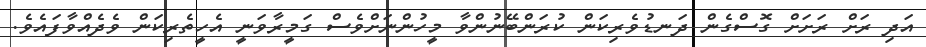
އަދި ރަށް ރަށަށް ގޮސްގެން ދަނޑުވެރިކަން ކުރަންބޭނުންވާ މީހުންނަށްވެސް ގަމީރާވަނީ އެހީތެރިކަން ވެދެއްވާފައެވެ.